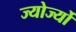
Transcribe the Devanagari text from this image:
ज्योर्ज्यो